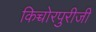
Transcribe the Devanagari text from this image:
किच्चोरपुरीजी